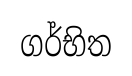
ගර්භිත